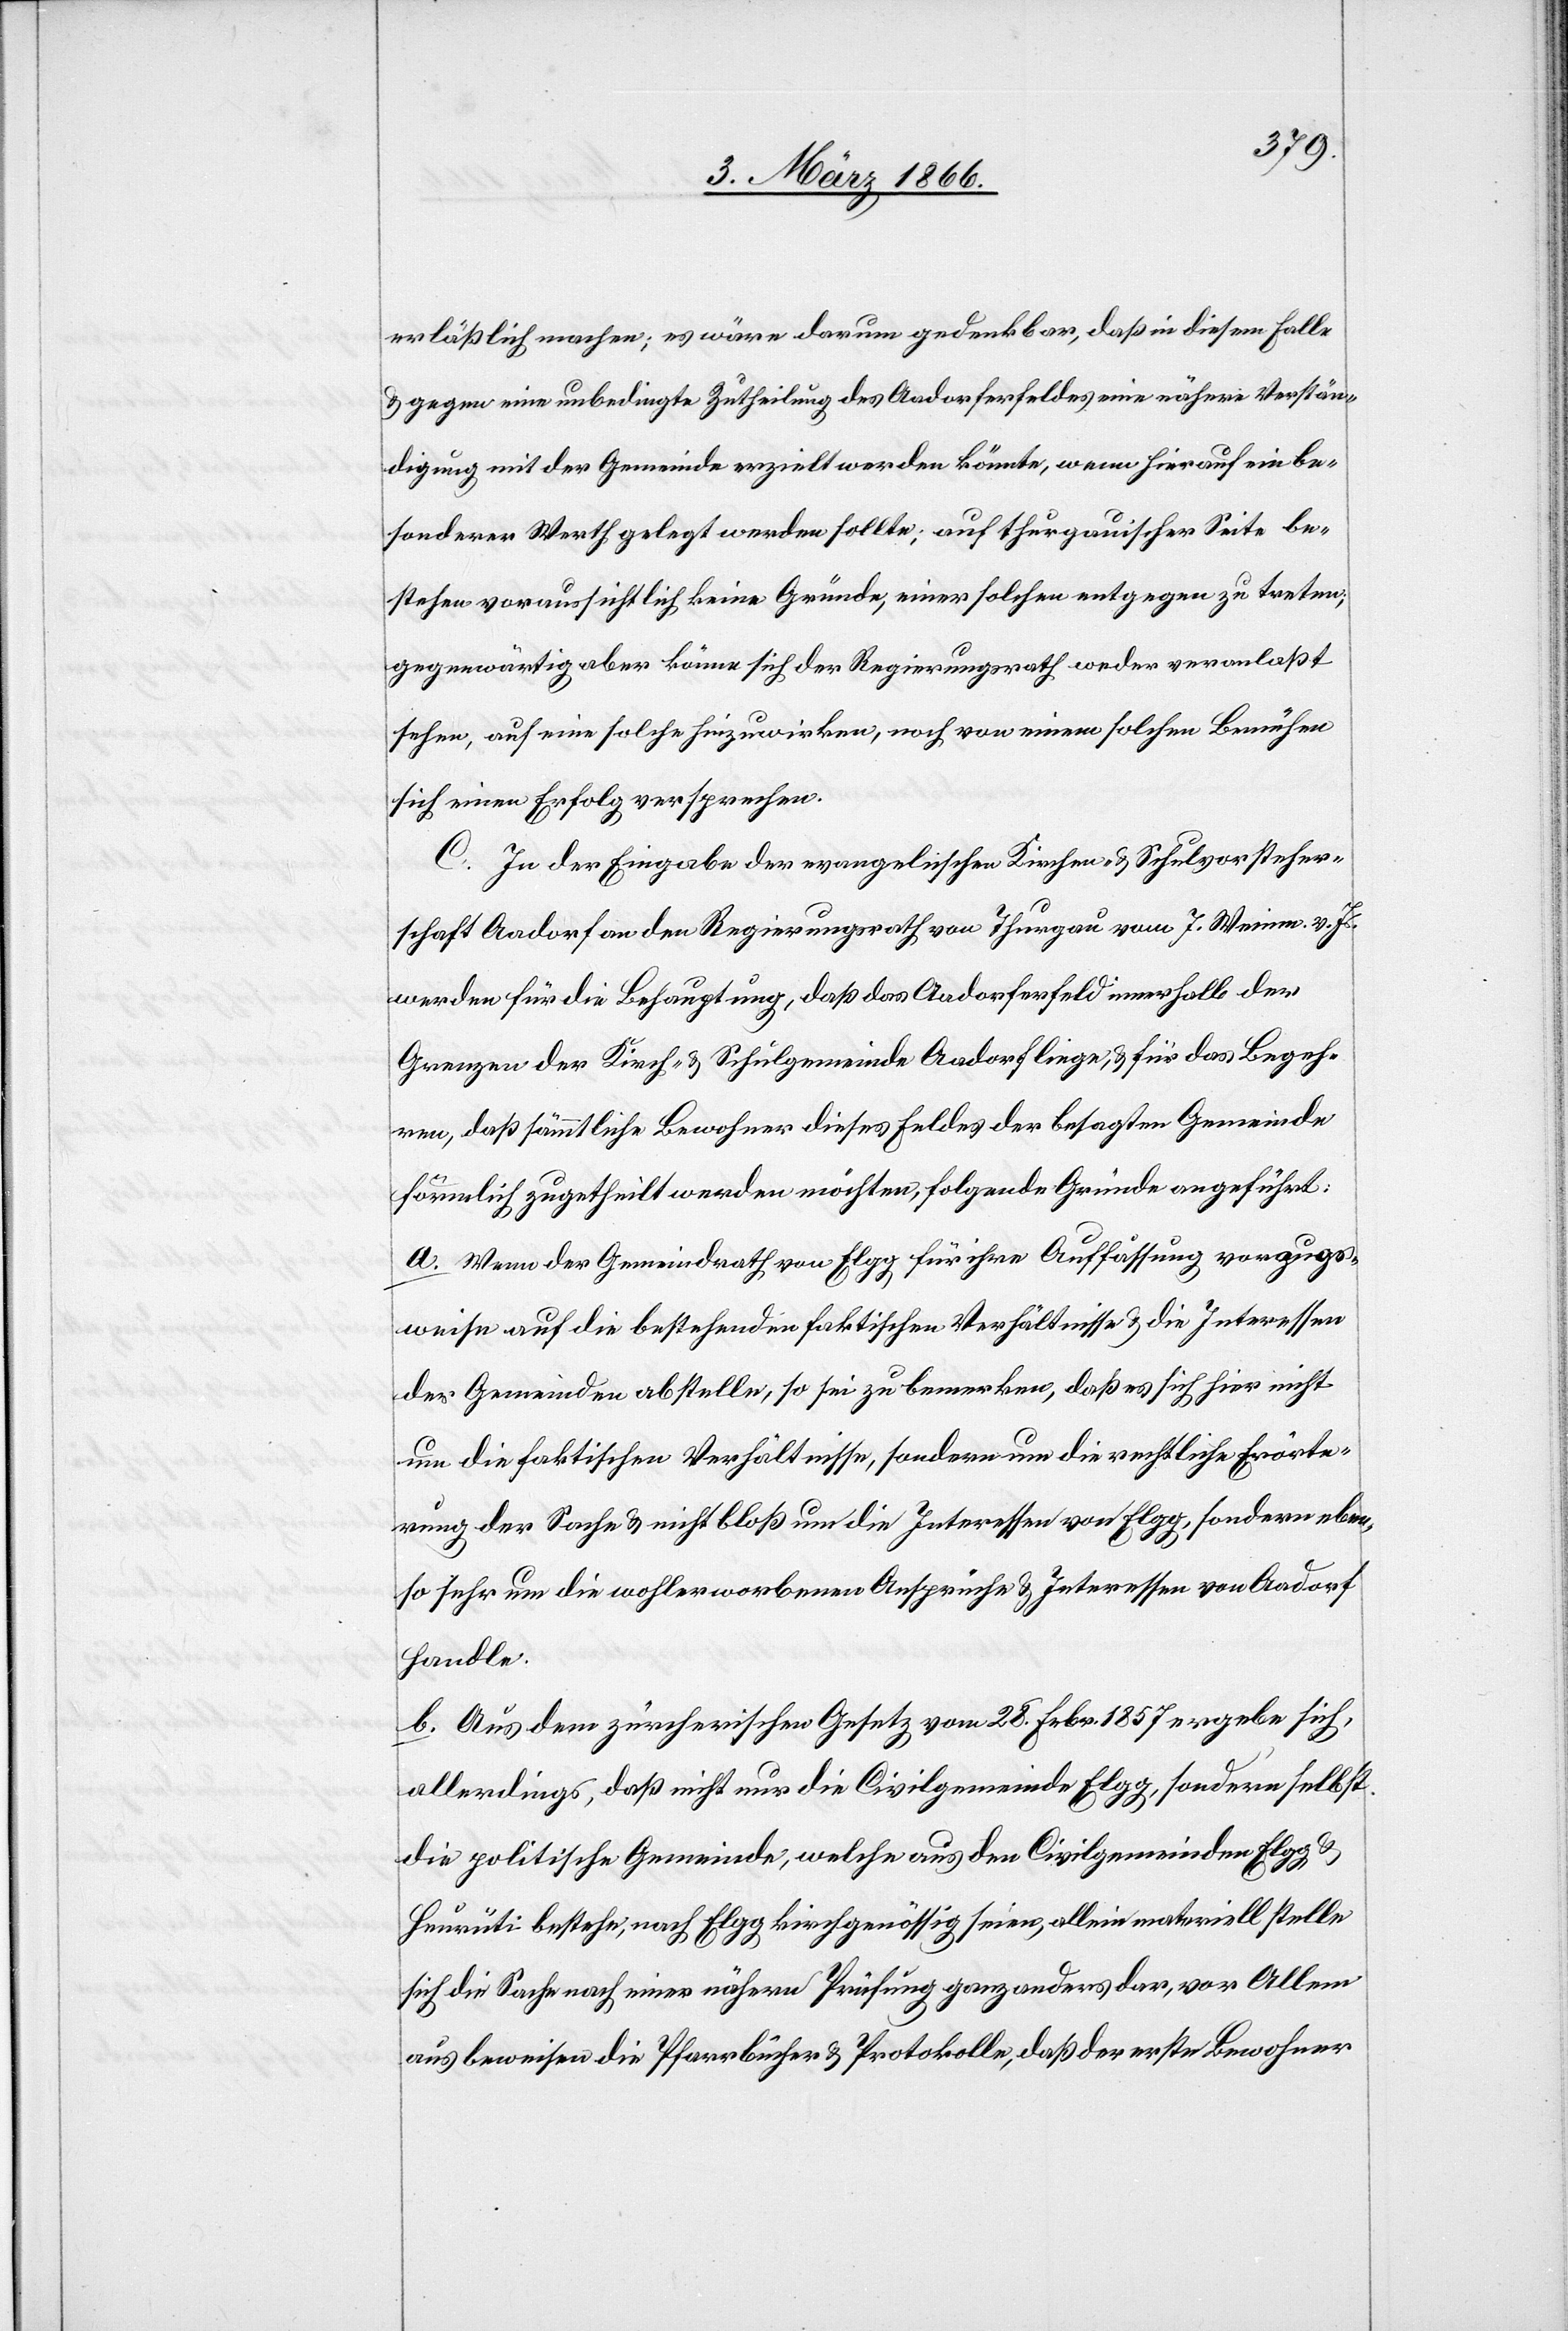
erläßlich machen; es wäre darum gedenkbar, daß in diesem Falle
u. gegen eine unbedingte Zutheilung des Aadorferfeldes eine nähere Verstän¬
digung mit der Gemeinde erzielt werden könnte, wenn hierauf ein be¬
sonderer Werth gelegt werden sollte; auf thurgauischer Seite be¬
stehen voraussichtlich keine Gründe, einer solchen entgegen zu treten;
gegenwärtig aber könne sich der Regierungsrath weder veranlaßt
sehen, auf eine solche hinzuwirken, noch von einem solchen Bemühen
sich einen Erfolg versprechen.
C. In der Eingabe der evangelischen Kirchen- u. Schulvorsteher¬
schaft Aadorf an den Regierungsrath von Thurgau vom 7. Weinm. v. Js.
werden für die Behauptung, daß das Aadorferfeld innerhalb der
Grenzen der Kirch- u- Schulgemeinde Aadorf liege, u. für das Begeh¬
ren, daß sämmtliche Bewohner dieses Feldes der besagten Gemeinde
förmlich zugetheilt werden möchten, folgende Gründe angeführt:
a. Wenn der Gemeindrath von Elgg für ihre Auffassung vorzugs¬
weise auf die bestehenden faktischen Verhältnisse u. die Interessen
der Gemeinden abstelle, so sei zu bemerken, daß es sich hier nicht
um die faktischen Verhältnisse, sondern um die rechtliche Erörte¬
rung der Sache u. nicht bloß um die Interessen von Elgg, sondern eben¬
so um die wohlerworbenen Ansprüche u. Interessen von Aadorf
handle.
b. Aus dem zürcherischen Gesetz vom 28. Februar 1857 ergebe sich,
allerdings, daß nicht nur die Civilgemeinde Elgg, sondern selbst
die politische Gemeinde, welche aus den Civilgemeinden Elgg u.
Heurüti bestehe, nach Elgg kirchgenössig seien, allein materiell stelle
sich die Sache nach einer nähern Prüfung ganz anders dar, vor Allem
aus beweisen die Pfarrbücher u. Protokolle, daß der erste Bewohner